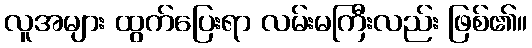
လူအများ ထွက်ပြေးရာ လမ်းမကြီးလည်း ဖြစ်၏။